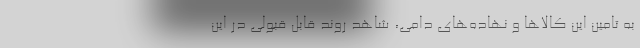
به تامین این کالاها و نهاده‌های دامی، شاهد روند قابل قبولی در این